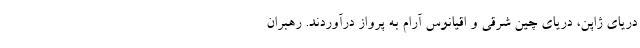
دریای ژاپن، دریای چین شرقی و اقیانوس آرام به پرواز درآوردند. رهبران